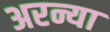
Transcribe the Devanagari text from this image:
अरन्या